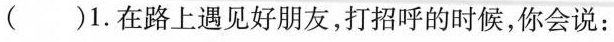
（）1.在路上遇见好朋友，打招呼的时候，你会说：